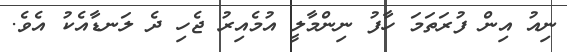
ނިއު އިން ފުރަތަމަ ހާފު ނިންމާލީ އުމެއިރު ޖެހި ދެ ލަނޑާއެކު އެވެ.